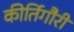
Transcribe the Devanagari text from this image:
कीर्तिगौरी